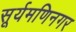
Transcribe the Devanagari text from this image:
सूर्यमणिनगर